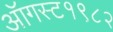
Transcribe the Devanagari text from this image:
ऑगस्ट१९८२